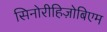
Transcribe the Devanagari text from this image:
सिनोरीहिज़ोबिएम